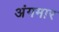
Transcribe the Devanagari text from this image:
अंगमार